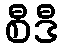
စီဒီ